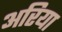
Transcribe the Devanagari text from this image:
अरिया